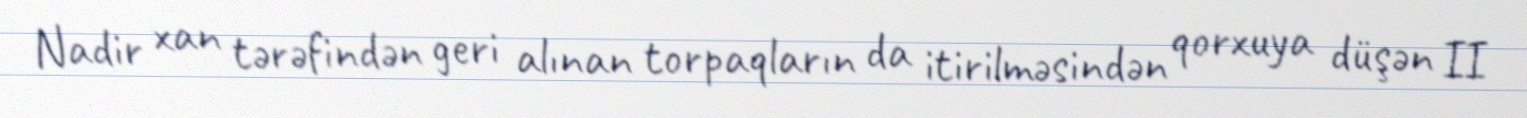
Nadir xan tərəfindən geri alınan torpaqların da itirilməsindən qorxuya düşən II